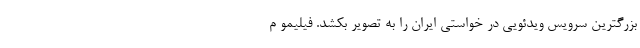
بزرگترین سرویس ویدئویی در خواستی ایران را به تصویر بکشد. فیلیمو م